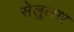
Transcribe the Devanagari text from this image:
सेलुलार